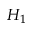
H _ { 1 }